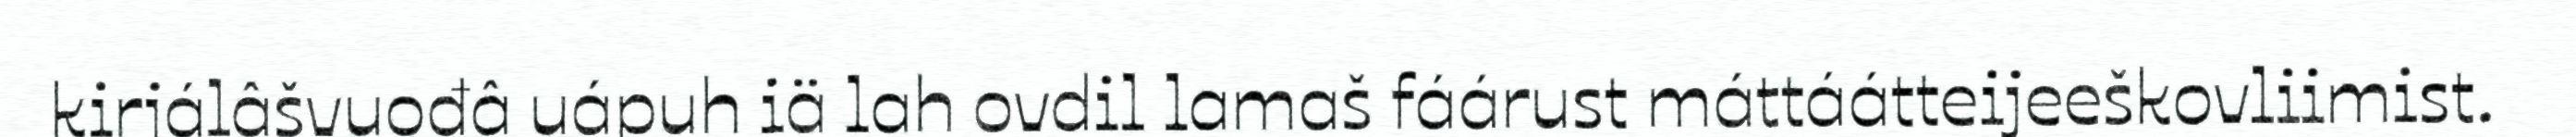
kirjálâšvuođâ uápuh iä lah ovdil lamaš fáárust máttáátteijeeškovliimist.